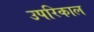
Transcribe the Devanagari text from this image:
उपरिकाल